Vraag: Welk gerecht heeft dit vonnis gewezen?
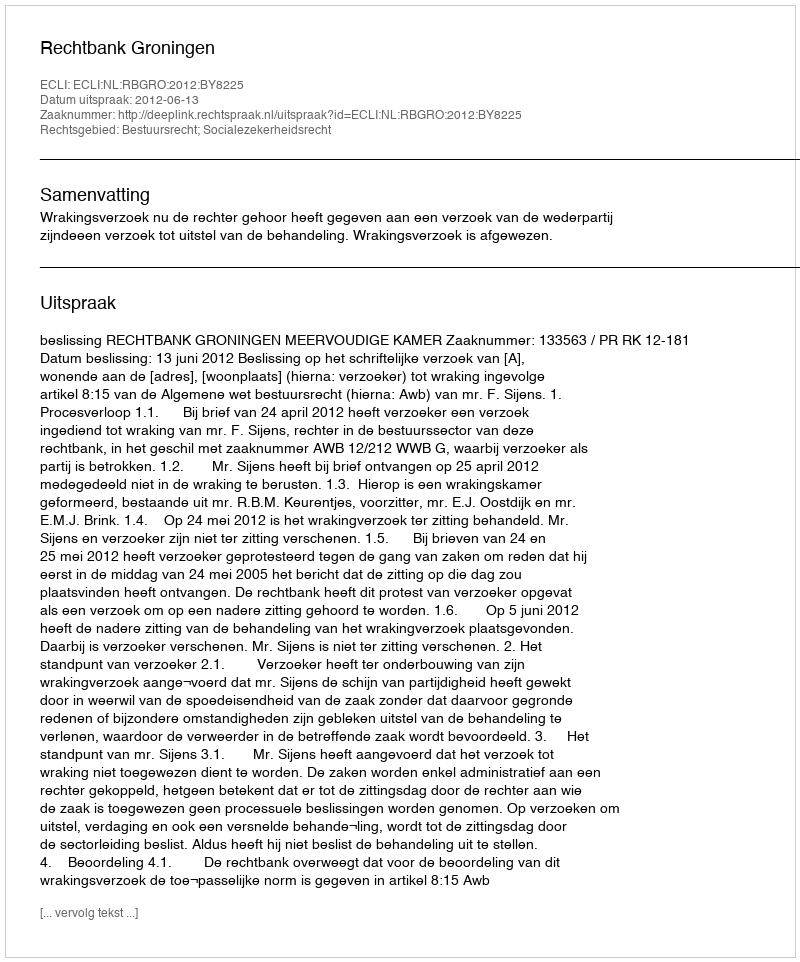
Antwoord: Rechtbank Groningen